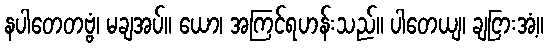
နပါတေတဗ္ဗံ၊ မချအပ်။ ယော၊ အကြင်ရဟန်းသည်။ ပါတေယျ၊ ချငြားအံ့။